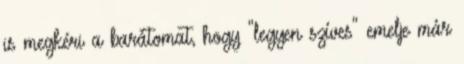
is megkéri a barátomat, hogy "legyen szíves" emelje már